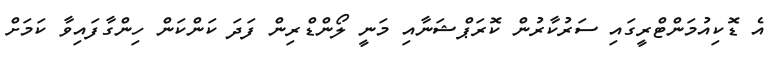
އެ ޑޮކިއުމަންޓްރީގައި ސަރުކާރުން ކޮރަޕްޝަނާއި މަނީ ލޯންޑްރިން ފަދަ ކަންކަން ހިންގާފައިވާ ކަމަށް